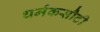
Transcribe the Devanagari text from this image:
धर्मकसौटी